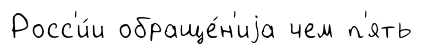
Росс'и́и обраще́н'иjа чем п'ять